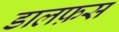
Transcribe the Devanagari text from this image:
डालफ़स